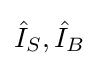
{\hat {I}}_{S},{\hat {I}}_{B}